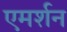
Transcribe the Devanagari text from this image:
एमर्शन